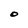
Character: O